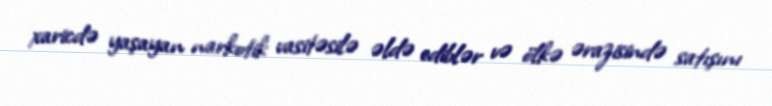
xaricdə yaşayan narkotik vasitəsilə əldə ediblər və ölkə ərazisində satışını